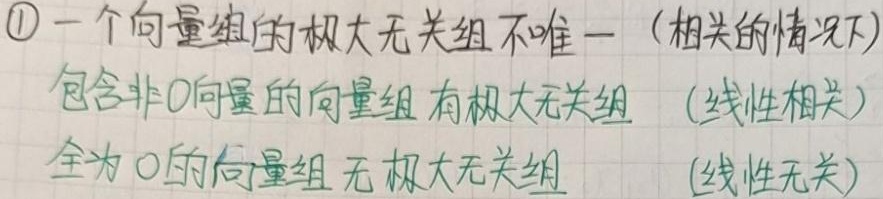
\textcircled{1} 一个向量组的极大无关组不唯一（相关的情况下）。包含非\(0\)向量的向量组有极大无关组（线性相关），全为\(0\)的向量组无极大无关组（线性无关）